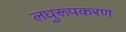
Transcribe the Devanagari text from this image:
लघुरूपकरण